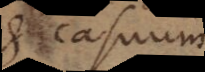
et casuum